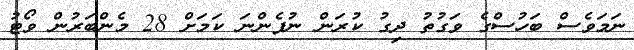
ނަމަވެސް ބަހުސްގެ ވަގުތު ދިގު ކުރަން ނުފެންނަ ކަމަށް 28 މެންބަރުން ވޯޓު